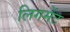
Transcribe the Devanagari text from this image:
लिगमेंट